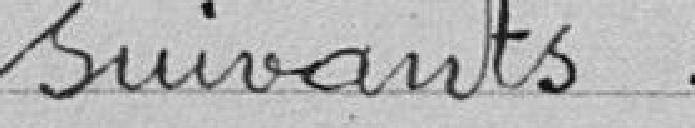
suivants :